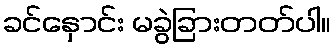
ခင်နှောင်း မခွဲခြားတတ်ပါ။